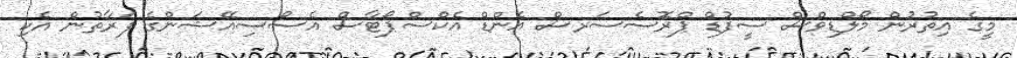
މީގެ އިތުރުން މޯލްޑިވްސް ސީފުޑް ޕްރޮސެސަރސް އެންޑް އެކްސްޕޯޓާސް އެސޯސިއޭޝަންގެ ފަރާތުން އެކި